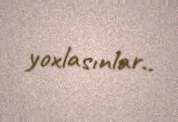
yoxlasınlar..